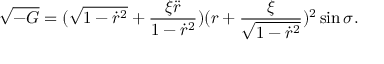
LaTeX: \sqrt { - G } = ( \sqrt { 1 - \dot { r } ^ { 2 } } + \frac { \xi \ddot { r } } { 1 - \dot { r } ^ { 2 } } ) ( r + \frac { \xi } { \sqrt { 1 - \dot { r } ^ { 2 } } } ) ^ { 2 } \sin \sigma .